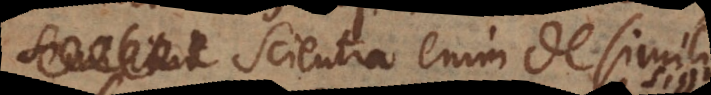
Scientia enim de simili